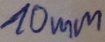
Text: 10mm